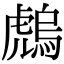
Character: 䖚